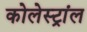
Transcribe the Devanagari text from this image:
कोलेस्ट्रांल